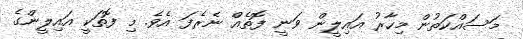
މަސައްކަތުން މިހާރު އައިލީން ވަނީ ފޮތެއް ނެރެފަ އެވެ. މި ފޮތަކީ އައިލީންގެ